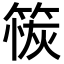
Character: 䈐